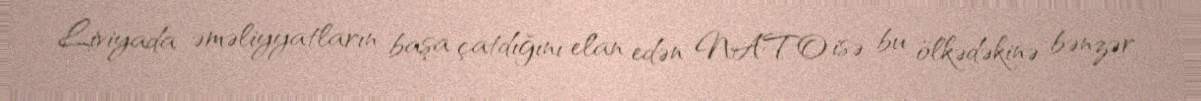
Liviyada əməliyyatların başa çatdığını elan edən NATO isə bu ölkədəkinə bənzər